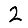
Digit: 2